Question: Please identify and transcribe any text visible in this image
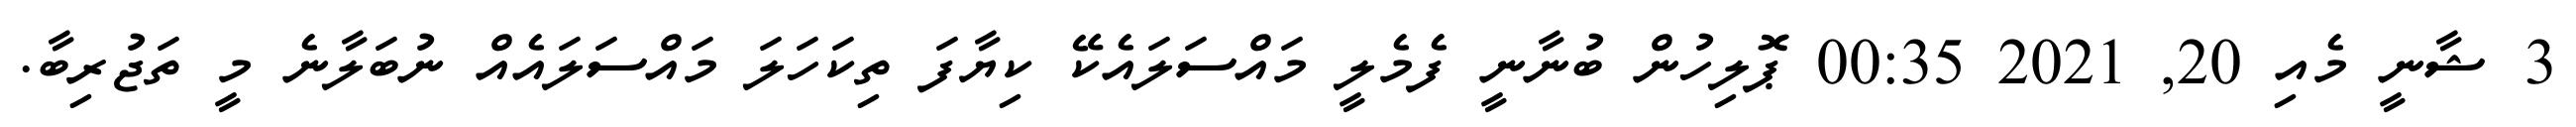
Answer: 3 ޝާނީ މެއި 20, 2021 00:35 ޕޮލިހުން ބުނާނީ ފެމެލީ މައްސަލައެކޭ ކިޔާފަ ތިކަހަލަ މައްސަލައެއް ނުބަލާނެ މީ ތަޖުރިބާ.